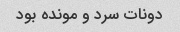
دونات سرد و مونده بود